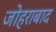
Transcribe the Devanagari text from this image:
जोहराबाद